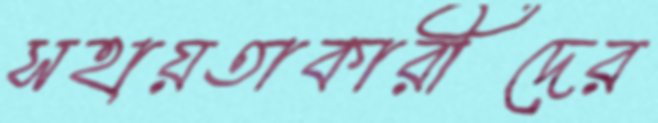
সহায়তাকারীদের